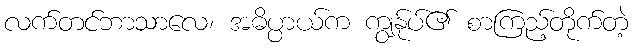
လက်တင်ဘာသာလေ၊ အဓိပ္ပာယ်က ကျွန်ုပ်၏ စာကြည့်တိုက်တဲ့